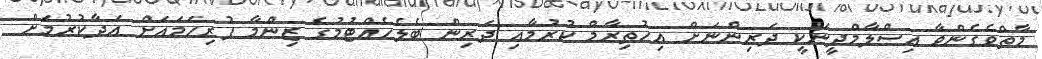
މާތްވެގެންވާ އިސްލާމްދީނަކީ ދަރިންނަށް އިހުތިރާމް ކުރުމާއި ދަރިން ބެލެހެއްޓުމުގެ ޒިންމާ ފުރިހަމައަށް އަދާކުރުމަށް